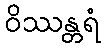
ဝိဿန္တရံ